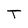
Character: T